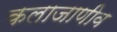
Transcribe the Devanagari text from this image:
कलाजाणीव